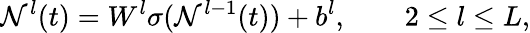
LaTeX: \mathcal{N}^{l}(t)=W^{l}\sigma(\mathcal{N}^{l-1}(t))+b^{l},\qquad 2\leq l\leq L,